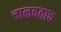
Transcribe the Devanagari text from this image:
चालवताच